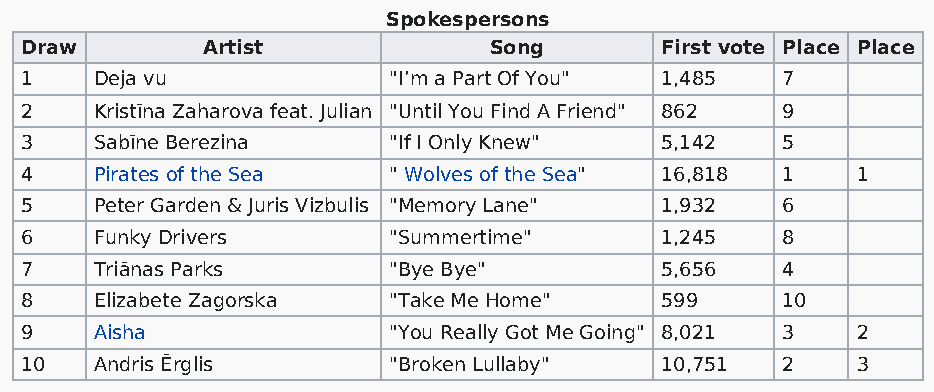
Spokespersons
 Draw        Artist             Song        First vote Place Place
 1    Deja vu             "I’m a Part Of You" 1,485 7
 2    Kristīna Zaharova feat. Julian "Until You Find A Friend" 862 9
 3    Sabīne Berezina     "If I Only Knew"  5,142   5
 4    Pirates of the Sea  " Wolves of the Sea" 16,818 1  1
 5    Peter Garden & Juris Vizbulis "Memory Lane" 1,932 6
 6    Funky Drivers       "Summertime"      1,245   8
 7    Triānas Parks       "Bye Bye"         5,656   4
 8    Elizabete Zagorska  "Take Me Home"    599     10
 9    Aisha               "You Really Got Me Going" 8,021 3 2
 10   Andris Ērglis       "Broken Lullaby"  10,751  2    3